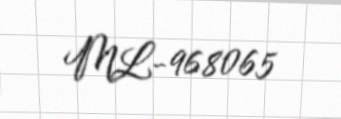
ML-968065